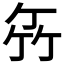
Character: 𥫮